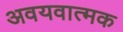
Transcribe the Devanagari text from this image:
अवयवात्मक